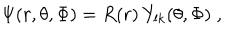
\Psi ( r , \theta , \Phi ) = R ( r ) \: Y _ { l k } ( \theta , \Phi ) \; ,